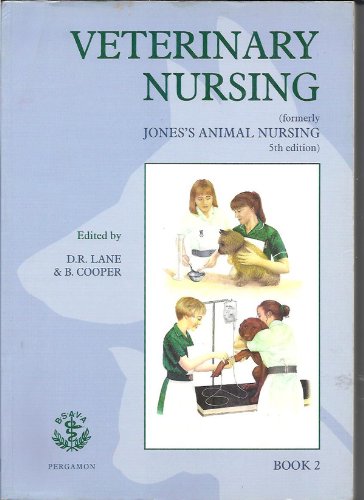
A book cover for Veterinary Nursing; Anon`; Medical Books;